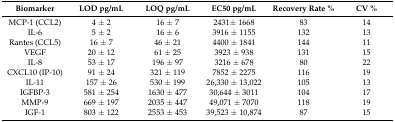
<table><thead><tr><td><b>Biomarker </b></td><td><b>LOD pg/mL</b></td><td><b>LOQ pg/mL</b></td><td><b>EC50 pg/mL</b></td><td><b>Recovery Rate %</b></td><td><b>CV %</b></td></tr></thead><tbody><tr><td>MCP-1 (CCL2) </td><td>4 ± 2</td><td>16 ± 7</td><td>2431± 1668</td><td>83</td><td>14</td></tr><tr><td>IL-6 </td><td>5 ± 2</td><td>16 ± 6</td><td>3916 ± 1155</td><td>132</td><td>13</td></tr><tr><td>Rantes (CCL5) </td><td>16 ± 7</td><td>46 ± 21</td><td>4400 ± 1841</td><td>144</td><td>11</td></tr><tr><td>VEGF </td><td>20 ± 12</td><td>61 ± 25</td><td>3923 ± 938</td><td>131</td><td>15</td></tr><tr><td>IL-8</td><td>53 ± 17</td><td>196 ± 97</td><td>3216 ± 678</td><td>80</td><td>22</td></tr><tr><td>CXCL10 (IP-10) </td><td>91 ± 24</td><td>321 ± 119</td><td>7852 ± 2275</td><td>116</td><td>19</td></tr><tr><td>IL-11</td><td>157 ± 26</td><td>530 ± 199</td><td>26,330 ± 13,022</td><td>105</td><td>13</td></tr><tr><td>IGFBP-3 </td><td>581 ± 254</td><td>1630 ± 477</td><td>30,644 ± 3011</td><td>104</td><td>17</td></tr><tr><td>MMP-9 </td><td>669 ± 197</td><td>2035 ± 447</td><td>49,071 ± 7070</td><td>118</td><td>19</td></tr><tr><td>IGF-1 </td><td>803 ± 122</td><td>2553 ± 453</td><td>39,523 ± 10,874</td><td>87</td><td>15</td></tr></tbody></table>